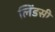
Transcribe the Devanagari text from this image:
लिंडसी